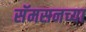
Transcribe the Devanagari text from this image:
सॅमसनच्या